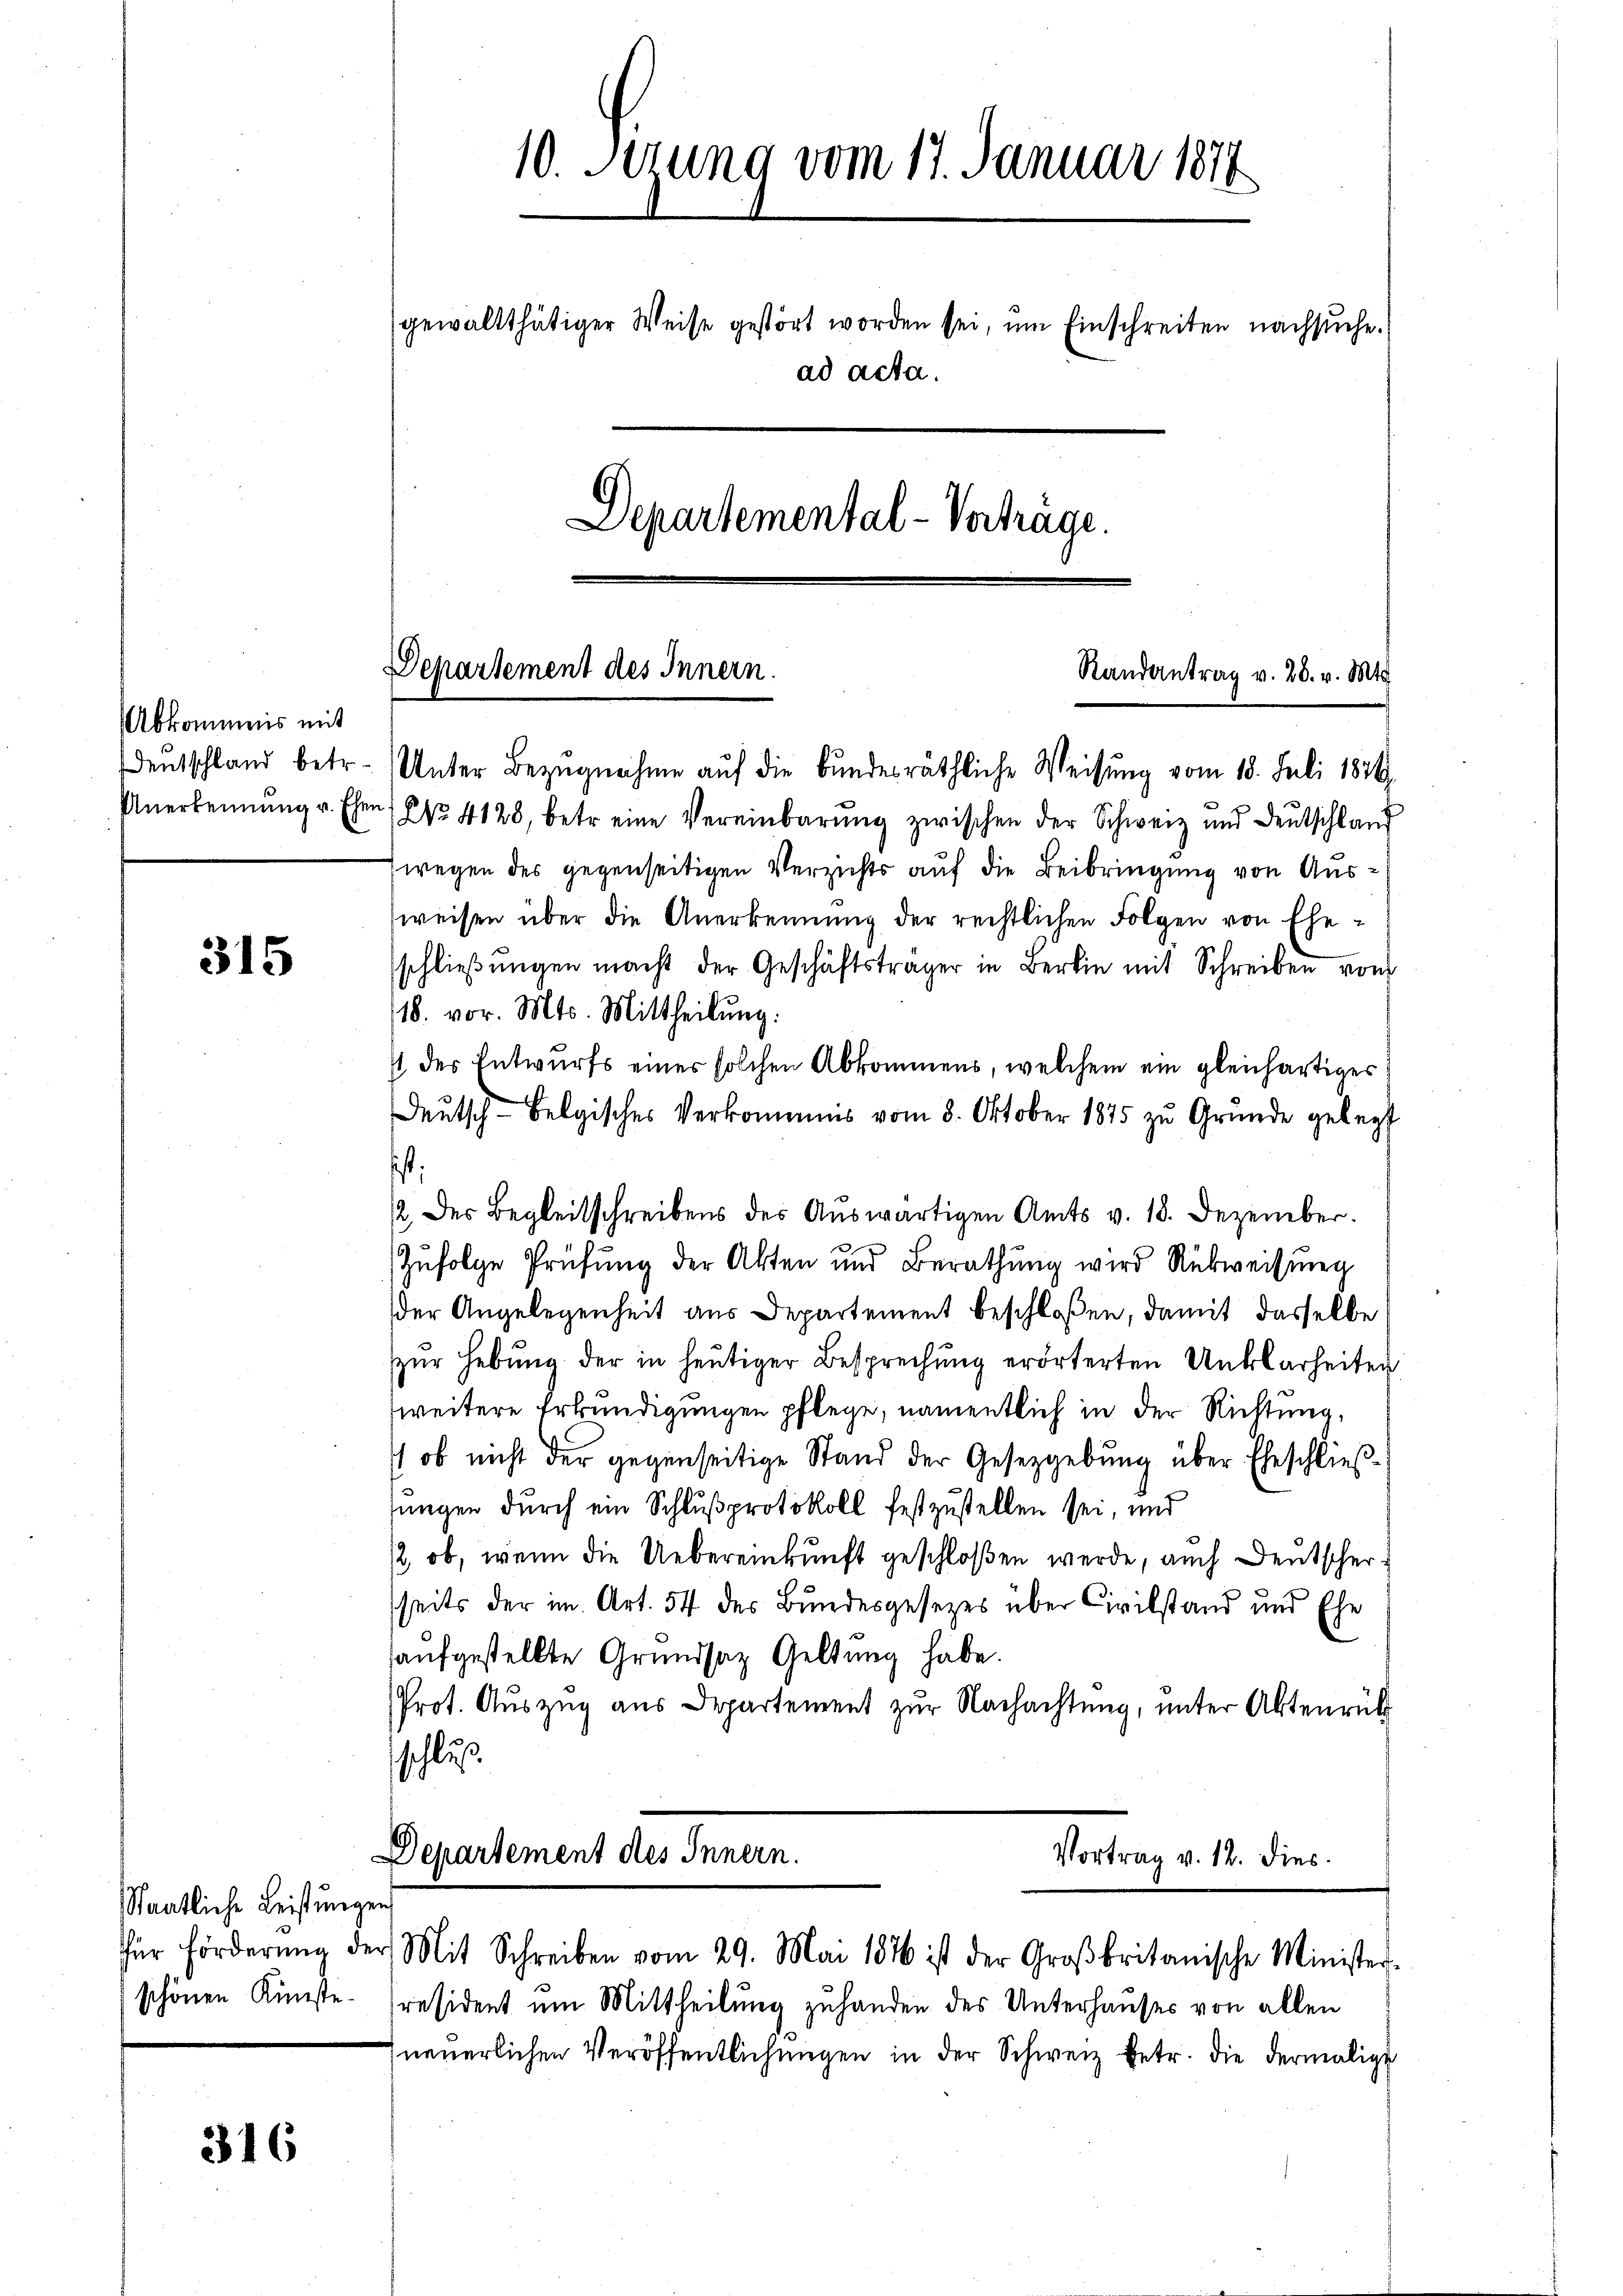
Abkommnis mit

315

Staatliche Leistungen

316

10. Sezung vom 17. Januar 1879
gewaltthätiger Weise gestört worden sei, um Einschreiten nachsuche.
ad acta.
Departemental-Verträge.

Departement des Innern.

Deutschland betr. Unter Bezŭgnahme auf die bundesräthliche Weisung vom 18. Juli 1876.
Anerkennung u. Ehen, No 4128, betr. eine Vereinbarŭng zwischen der Schweiz und Deutschland
2 wegen des gegenseitigen Verzichts auf die Beibringung von Ausweisen über die Anerkennung der rechtlichen Folgen von Ehe-
schlieβŭngen macht der Geschäftsträger in Bern mit Schreiben vom
/18. vor. Mts. Mittheilung.
st des Entwurfs einer solchen Abkommens, welchem ein gleichartiges
deŭtsch-Belgisches Verkommnis vom 3. Oktober 1875 zu Gründe gelegt
ist.
/2, der Begleitschreibens des Auswärtigen Amts v. 18. Dezember.
zufolge Prüfung der Akten und Berathung wird Rückweisung
der Angelegenheit aus Departement beschloßen, damit dasselbe
zur Hebung der in heutiger Besprechung erörterten Unklarheiten
zweitere Erkundigungen pflege, namentlich in der Richtung,
 ob nicht der gegenseitige Stand der Gesetzgebung über Eheschließsungen durch ein Schlußprotokoll festzustellen sei, und
/2, ob, wenn die Uebereinkunft geschloßen werde, auch Deutscherseits der im Art. 54 des Bundesgesezes über Civilstand und Ehe
aufgestellte Grundsaz Geltung habe.
Prot. Auszug aus Departement zur Nachachtung, unter Aktenrück
sschlus

Randantrag v. 28. v. Mts.

Departement des Innern.
Vortrag v. 12. Dies
für Förderŭng der Mit Schreiben vom 29. Mai 1876 ist der Großbritanische Minister-

schönen Künste- resident um Mittheilung zuhanden des Unterhauses von allen
neuerlichen Veröffentlichungen in der Schweiz betr. die dermalige